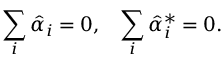
\sum _ { i } \hat { \alpha } _ { i } = 0 , \; \; \; \sum _ { i } \hat { \alpha } _ { i } ^ { * } = 0 .